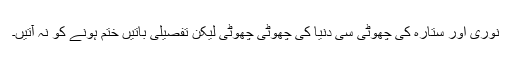
نوری اور ستارہ کی چھوٹی سی دنیا کی چھوٹی چھوٹی لیکن تفصیلی باتیں ختم ہونے کو نہ آتیں۔